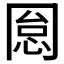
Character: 𠕡